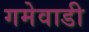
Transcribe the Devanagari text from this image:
गमेवाडी